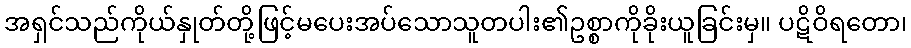
အရှင်သည်ကိုယ်နှုတ်တို့ဖြင့်မပေးအပ်သောသူတပါး၏ဥစ္စာကိုခိုးယူခြင်းမှ။ ပဋိဝိရတော၊